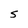
Character: S